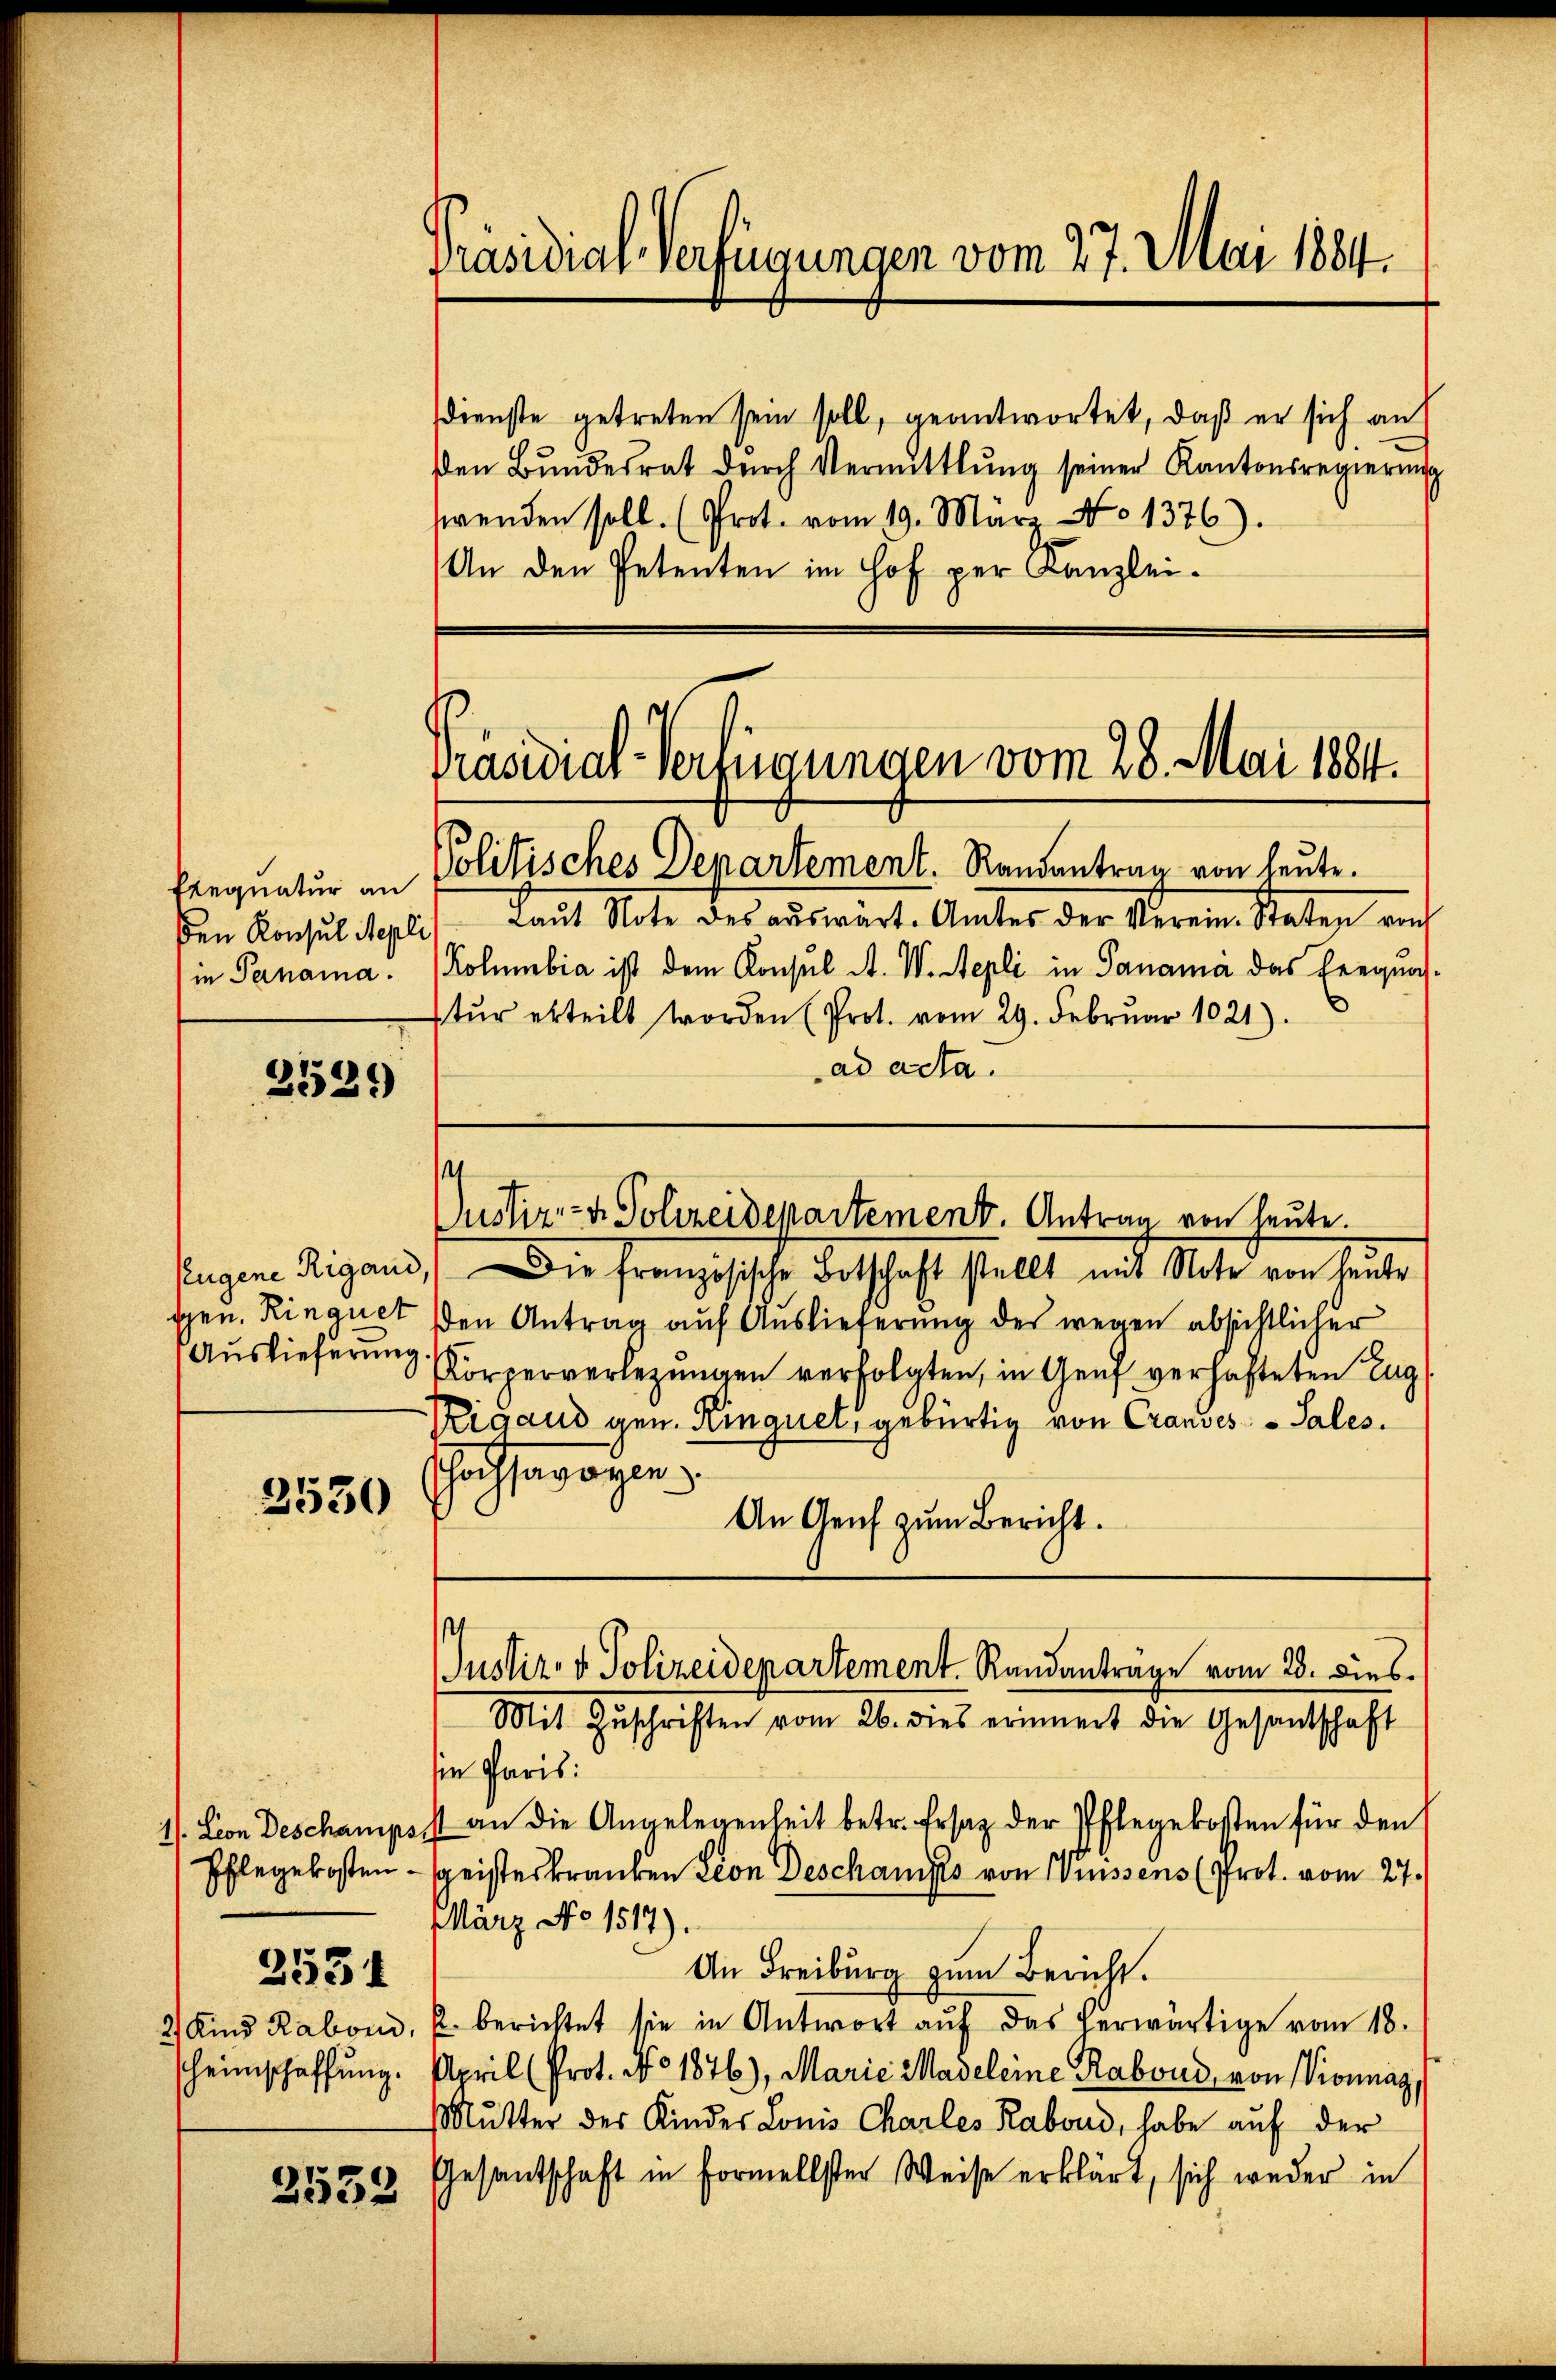
ben Konsul Repli
in Panama.

2529

Auslieferung

3530

2531

heimschaffung.

2532

dienste getreten sein soll, geantwortet, daß er sich an
den Bŭndesrat durch Vermittlung seiner Kantonsregierung
wenden soll. (Prot. vom 19. März No 1376).
An den Petenten im Hof per Kanzlei-

Präsidial-Verfügungen vom 27. Mai 1884.

Präsidial-Verfügungen vom 28. Mai 1884.

Rerquatur in Politisches Departement. Randantrag von leute.
Laut Rate des auswirt. Unter der Verein Mater auf
Kolumbia ist dem Konsul A. W. Aepli in Panama das seegnahstŭr erteilt worden (Prot. vom 29. Febrŭar 1021).
ad acta.

spen. Rinquet den Antrag auf Auslieferung des wegen absichtlicher
Körperverlegungen verfolgten, in Genf verhafteten Eug
Rigand gen. Kinquet, gebürtig von Crandes Sales.
Hochsavoyen
An Genf zum Bericht.
sin Paris:
1). Von Deschampsst an die Angelegenheit betr. Ersatz der Pflegekosten für den
Pflegekosten - geisteskranken Leon Deschanifes von Suissens (Prot. vom 27.
März No. 1517)
An Freiburg zum Bericht.
2 Kind Raboni, u. berichtet sie in Antwort aŭf das herwärtige vom 18.
April (Prot. No 1876), Marie Madeleine Raboud von Vionnaz,
Mutter der Kinder Lonis Charles Rabond, habe auf der
Gesantschaft in Formellster Weise erklärt, sich weder in

¬
Justiz- & Polizeidepartement. Antrag von heute.
Eugene Rigand, die französische Botschaft stellt mit Note von heute

Justiz- & Polizeiderartement. Randanträge vom 25. dies
Mit Zŭschriften vom 26. dies erinnert die Gesandschaft